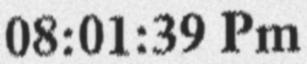
08:01:39 Pm